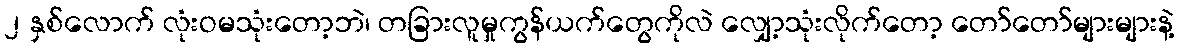
၂ နှစ်လောက် လုံးဝမသုံးတော့ဘဲ၊ တခြားလူမှုကွန်ယက်တွေကိုလဲ လျှော့သုံးလိုက်တော့ တော်တော်များများနဲ့